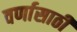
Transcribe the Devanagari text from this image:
वर्णासाठी